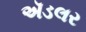
ઍડલર